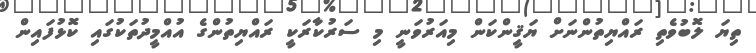
ތިޔަ ލޮބުވެތި ރައްޔިތުންނަށް ޔަޤީންކަން މިއަރުވަނީ މި ސަރުކާރަކީ ރައްޔިތުންގެ އުއްމީދުތަކުގައި ކޮޅުފައިން